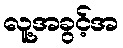
လူ့အခွင့်အ